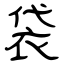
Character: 袋